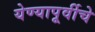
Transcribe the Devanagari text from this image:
येण्यापूर्वीचे